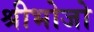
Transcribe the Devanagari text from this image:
श्रीभोजो